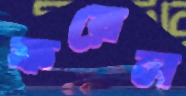
ফয়েল